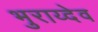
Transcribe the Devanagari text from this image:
भुराय्देव